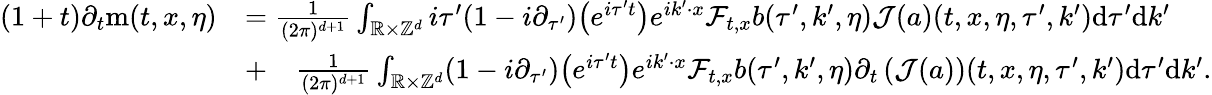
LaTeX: \begin{array}{rl}{(1+t)\partial_{t}\mathrm{m}(t,x,\eta)}&{=\frac{1}{(2\pi)^{d+1}}\int_{\mathbb R\times\mathbb Z^{d}}i\tau^{\prime}(1-i\partial_{\tau^{\prime}})\big(e^{i\tau^{\prime}t}\big)e^{ik^{\prime}\cdot x}\mathcal{F}_{t,x}b(\tau^{\prime},k^{\prime},\eta)\mathcal{J}(a)(t,x,\eta,\tau^{\prime},k^{\prime})\mathrm{d}\tau^{\prime}\mathrm{d}k^{\prime}}\\ &{+\quad\frac{1}{(2\pi)^{d+1}}\int_{\mathbb R\times\mathbb Z^{d}}(1-i\partial_{\tau^{\prime}})\big(e^{i\tau^{\prime}t}\big)e^{ik^{\prime}\cdot x}\mathcal{F}_{t,x}b(\tau^{\prime},k^{\prime},\eta)\partial_{t}\left(\mathcal{J}(a)\right)(t,x,\eta,\tau^{\prime},k^{\prime})\mathrm{d}\tau^{\prime}\mathrm{d}k^{\prime}.}\end{array}